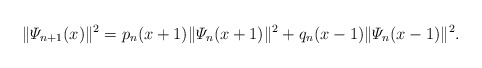
\begin{align*}\|\varPsi_{n+1}(x)\|^2 = p_n(x+1)\|\varPsi_n(x+1)\|^2 + q_n(x-1)\|\varPsi_n(x-1)\|^2.\end{align*}